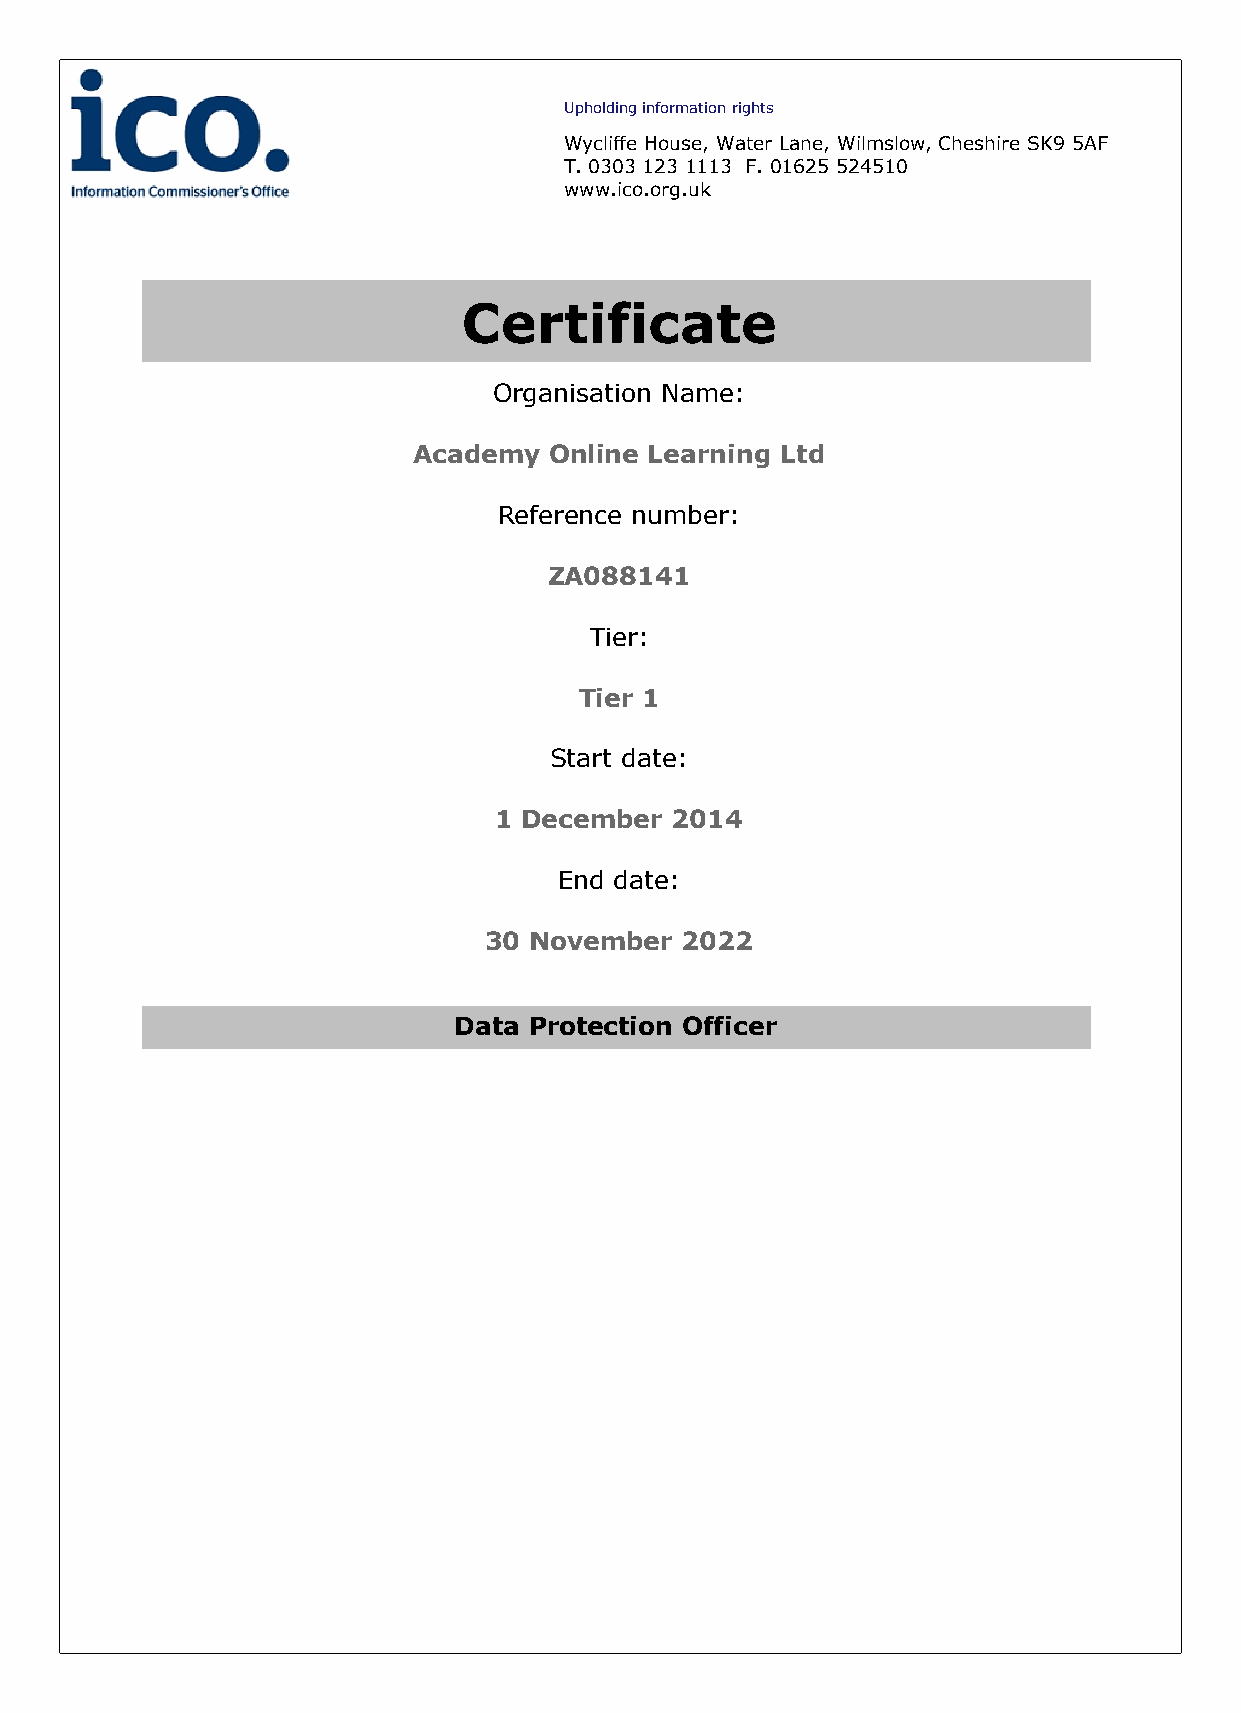
Upholding information rights
 Wycliffe House, Water Lane, Wilmslow, Cheshire SK9 5AF
 T. 0303 123 1113 F. 01625 524510
 www.ico.org.uk
 Certificate
 Organisation Name:
 Academy  Online Learning Ltd
 Reference number:
 ZA088141
 Tier:
 Tier 1
 Start date:
 1 December 2014
 End date:
 30 November  2022
 Data Protection Officer